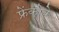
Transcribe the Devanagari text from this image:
फ्रेंकोके